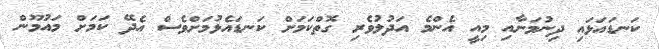
ކަނޑައަޅައި ދިނުމަށާއި މިއީ އެންމެ އަދުލުވެރި ގޮތްކަމަށް ކަނޑައެޅުމަށްވެސް އެދޭ ކަމަށް މައުމޫން